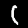
Digit: 1